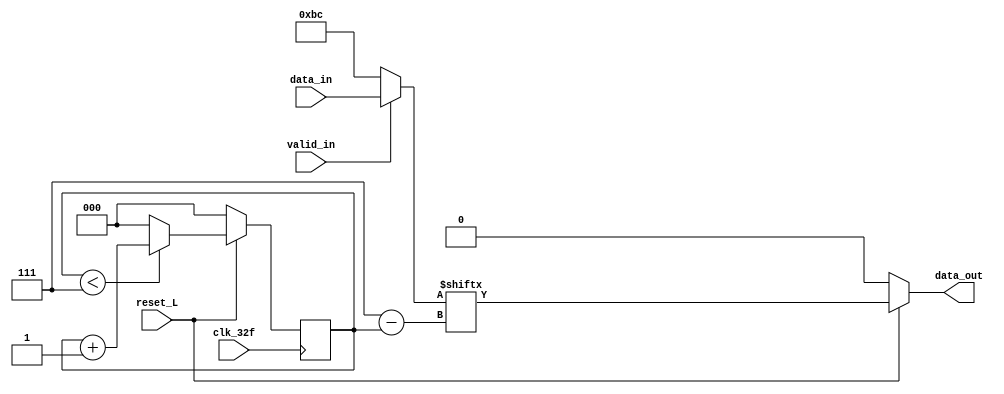
module paralelo_serial (
			output reg  data_out,
			input 	    reset_L,
			input 	    clk_32f,
			input [7:0] data_in,
			input 	    valid_in);
   
   reg [2:0] 				 index;
   reg [7:0] 				 data2send;
   
  
   

//Lgica de index
 always @ (posedge clk_32f)
   begin
      
	if (~reset_L)
	index <= 0;
      else
	begin
	   if(index <7)
	     index <= index + 1;
	   else
	     index <= 0;
	end
   end // always @ (posedge clk_32f)
   



//Lgica de la salida

 always @ (*)
   begin
      if (valid_in)
	data2send = data_in;
      else
	data2send = 8'hBC;
      if (~reset_L)
	data_out = 0;
      else
	data_out = data2send[7-index];
   end // always @ (*)
    

endmodule // paralelo_serial